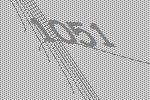
1051